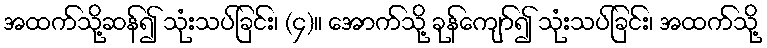
အထက်သို့ဆန်၍ သုံးသပ်ခြင်း၊ (၄)။ အောက်သို့ ခုန်ကျော်၍ သုံးသပ်ခြင်း၊ အထက်သို့